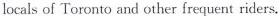
locals of Toronto and other frequent riders.